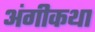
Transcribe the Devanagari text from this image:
अंगीकथा